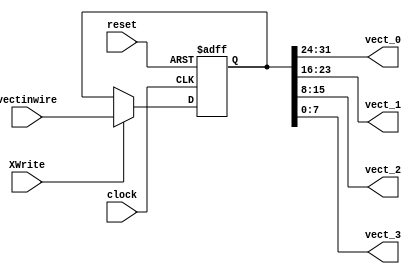
module VR
(
clock, reset, XWrite,
vectinwire, vect_0, vect_1, vect_2, vect_3
);

// ------------------------ PORT declaration ------------------------ //
input clock;
input [31:0] vectinwire;
input XWrite;
input reset;
reg [31:0] x;
output [7:0] vect_0, vect_1, vect_2, vect_3;


// ------------------------- Registers/Wires ------------------------ //



// Synchronously write data to the register file;
// also supports an asynchronous reset, which clears all registers
always @(posedge clock or posedge reset)
begin
	if (reset) begin
		x = 0;
	end	else begin
		if (XWrite) begin
			x = vectinwire;
		end
	end
end

assign vect_0 = x[31:24];
assign vect_1 = x[23:16];
assign vect_2 = x[15:8];
assign vect_3 = x[7:0];

endmodule